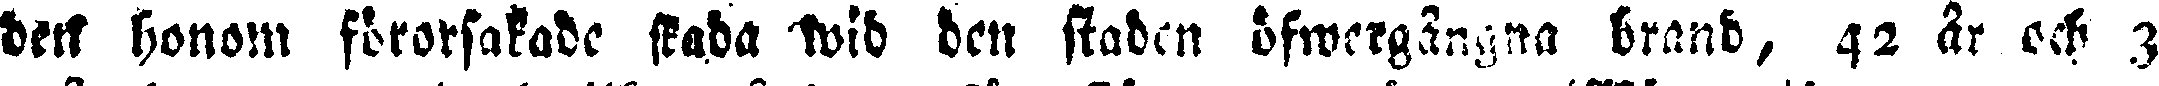
den honom förorsakade skada wid den staden öfwergångna brand, 42 år och 3